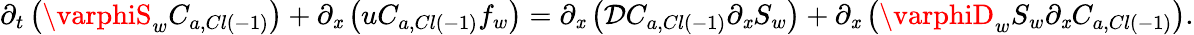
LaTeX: \partial_{t}\left(\varphiS_{w}C_{a,Cl\left(-1\right)}\right)+\partial_{\mathit{x}}\left(uC_{a,Cl\left(-1\right)}f_{w}\right)=\partial_{\mathit{x}}\left(\mathcal{{D}}C_{a,Cl\left(-1\right)}\partial_{\mathit{x}}S_{w}\right)+\partial_{\mathit{x}}\left(\varphiD_{w}S_{w}\partial_{\mathit{x}}C_{a,Cl\left(-1\right)}\right).